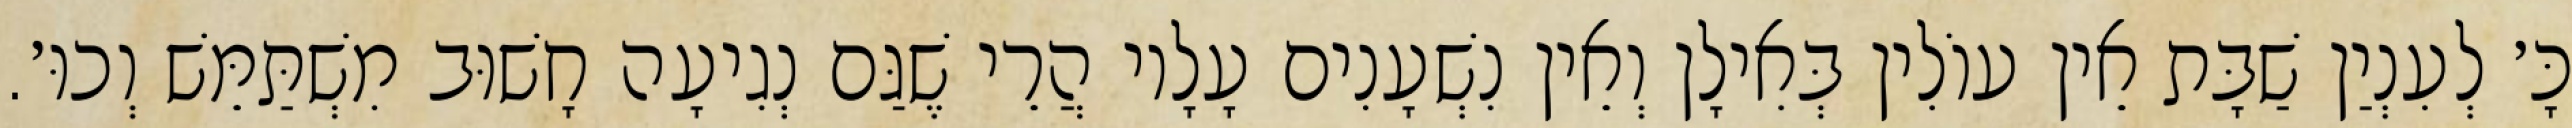
כָּ׳ לְעִנְיַן שַׁבָּת אֵין עוֹלִין בְּאִילָן וְאֵין נִשְׁעָנִים עָלָיו הֲרֵי שֶׁגַּם נְגִיעָה חָשׁוּב מִשְׁתַּמֵּשׁ וְכוּ׳.